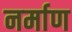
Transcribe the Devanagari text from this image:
नर्माण